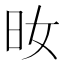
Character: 𣅓